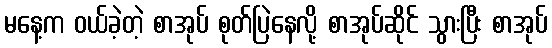
မနေ့က ဝယ်ခဲ့တဲ့ စာအုပ် စုတ်ပြဲနေလို့ စာအုပ်ဆိုင် သွားပြီး စာအုပ်